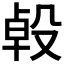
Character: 𣪙